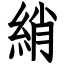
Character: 綃